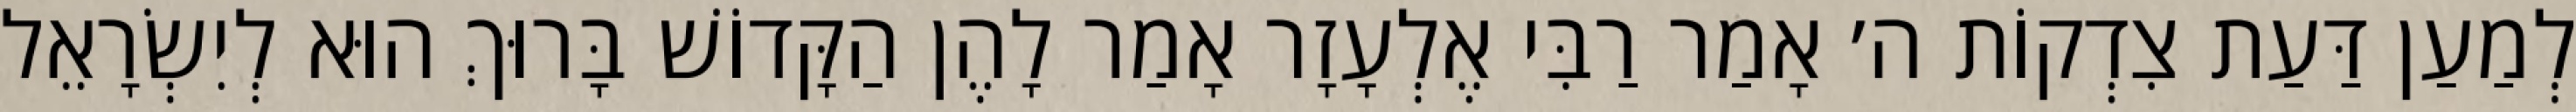
לְמַעַן דַּעַת צִדְקוֹת ה׳ אָמַר רַבִּי אֶלְעָזָר אָמַר לָהֶן הַקָּדוֹשׁ בָּרוּךְ הוּא לְיִשְׂרָאֵל